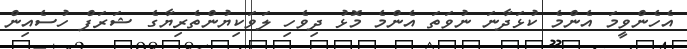
އެހެންވީމަ އެންމެ ކުޅަދާނަ ނުވަތަ އެންމެ މޮޅު ދިވެހި ލަވަކިޔުންތެރިޔާގެ ޝަރަފް ހުސެއިން